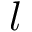
l